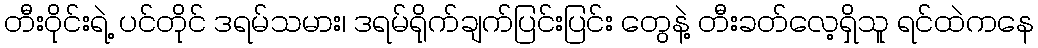
တီးဝိုင်းရဲ့ ပင်တိုင် ဒရမ်သမား၊ ဒရမ်ရိုက်ချက်ပြင်းပြင်း တွေနဲ့ တီးခတ်လေ့ရှိသူ ရင်ထဲကနေ